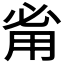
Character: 𰢲